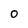
Character: O